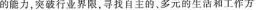
的能力，突破行业界限，寻找自主的，多元的生活和工作方